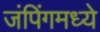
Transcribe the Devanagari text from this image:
जंपिंगमध्ये